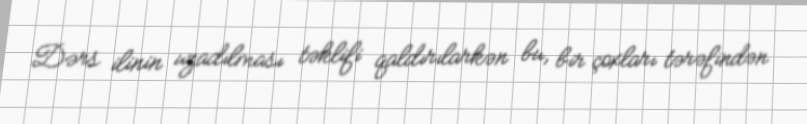
Dərs ilinin uzadılması təklifi qaldırılarkən bu, bir çoxları tərəfindən